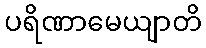
ပရိဏာမေယျာတိ